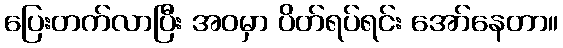
ပြေးတက်လာပြီး အဝမှာ ပိတ်ရပ်ရင်း အော်နေတာ။